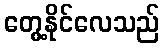
တွေ့နိုင်လေသည်